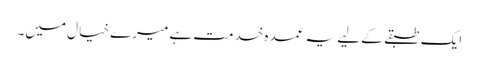
ایک طبقے کے لیے یہ عمدہ خدمت ہے میرے خیال میں۔